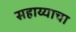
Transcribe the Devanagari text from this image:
सहाय्याचा